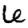
Digit: 6